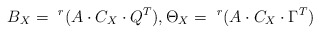
\begin{align*} B_X=\ ^r(A\cdot C_X \cdot Q^T),\Theta_X=\ ^r{(A\cdot C_X \cdot \Gamma^T)}\end{align*}